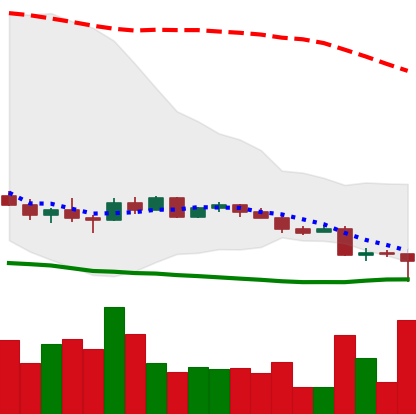
Ticker: EOS-USD
Chart end date: 2022-10-13
Forward return: 3.207%
Label: up_3_5